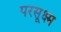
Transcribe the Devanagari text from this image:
परसूक्ष्म